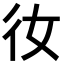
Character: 𫹌